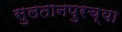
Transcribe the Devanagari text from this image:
सुलतानपुरच्या